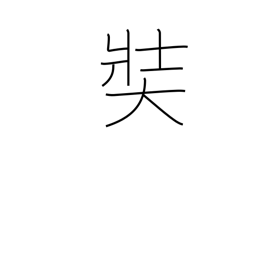
Meaning: large